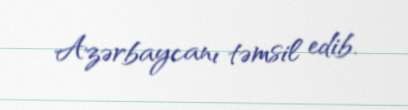
Azərbaycanı təmsil edib.